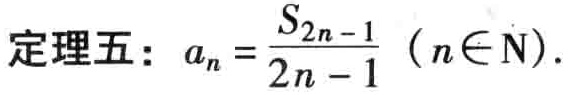
定理五：\(a_{n}=\frac{S_{2n - 1}}{2n - 1}\ (n\in \mathrm{N})\)